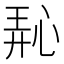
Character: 𪫵